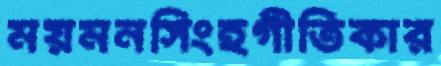
ময়মনসিংহগীতিকার